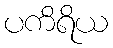
ပကိရိယ